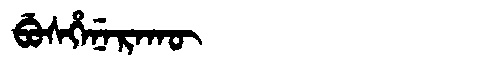
Manchu: ᠪᡠᠰᡥᡝᠨᡝᡵᠠᡴᡡ
Romanization: BUSHENERAKŪ